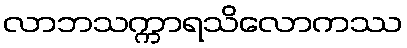
လာဘသက္ကာရသိလောကဿ